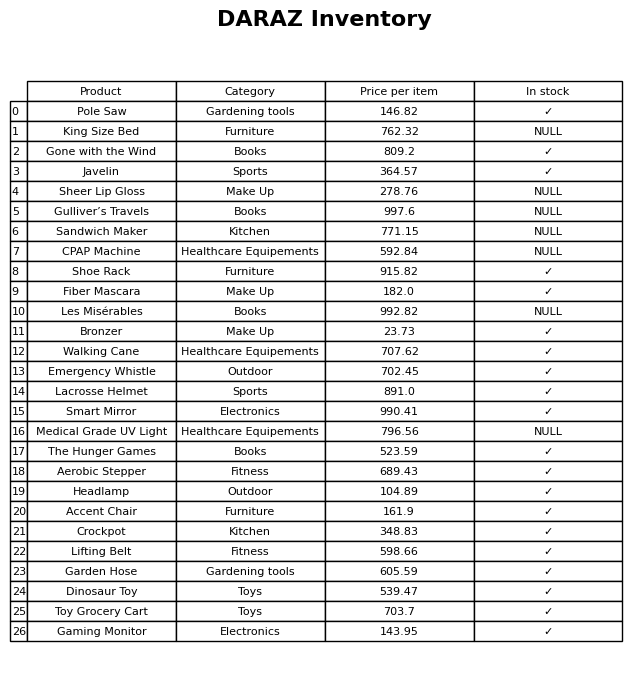
question: What is the price for Crockpot?
answer: The price of Crockpot is 348.83.